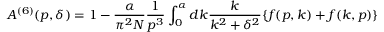
A ^ { ( 6 ) } ( p , \delta ) = 1 - \frac { \alpha } { \pi ^ { 2 } N } \frac { 1 } { p ^ { 3 } } \int _ { 0 } ^ { \alpha } d k \frac { k } { k ^ { 2 } + \delta ^ { 2 } } \{ f ( p , k ) + f ( k , p ) \}